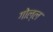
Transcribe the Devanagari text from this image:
गोल्ल